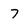
Character: 7